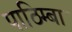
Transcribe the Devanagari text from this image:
पाठिम्बा